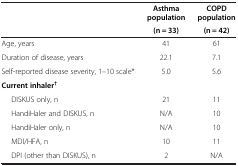
<table><thead><tr><td rowspan="2"><b> </b></td><td><b>Asthma population</b></td><td><b>COPD population</b></td></tr><tr><td><b>(n = 33)</b></td><td><b>(n = 42)</b></td></tr></thead><tbody><tr><td>Age, years</td><td>41</td><td>61</td></tr><tr><td>Duration of disease, years</td><td>22.1</td><td>7.1</td></tr><tr><td>Self-reported disease severity, 1–10 scale*</td><td>5.0</td><td>5.6</td></tr><tr><td colspan="3"><b>Current inhaler</b><sup><b>†</b></sup></td></tr><tr><td>DISKUS only, n</td><td>21</td><td>11</td></tr><tr><td>HandiHaler and DISKUS, n</td><td>N/A</td><td>10</td></tr><tr><td>HandiHaler only, n</td><td>N/A</td><td>10</td></tr><tr><td>MDI/HFA, n</td><td>10</td><td>11</td></tr><tr><td>DPI (other than DISKUS), n</td><td>2</td><td>N/A</td></tr></tbody></table>